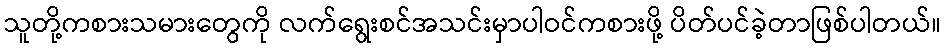
သူတို့ကစားသမားတွေကို လက်ရွေးစင်အသင်းမှာပါဝင်ကစားဖို့ ပိတ်ပင်ခဲ့တာဖြစ်ပါတယ်။